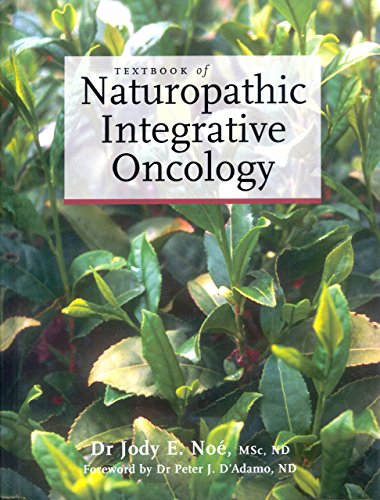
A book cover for Textbook of Naturopathic Integrative Oncology (Fundamentals of Naturopathic Medicine.); Jody NoÃ©; Medical Books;